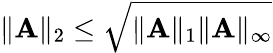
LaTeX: \| \mathbf{A}\| _{2}\leq\sqrt{\| \mathbf{A}\| _{1}\| \mathbf{A}\| _{\infty}}